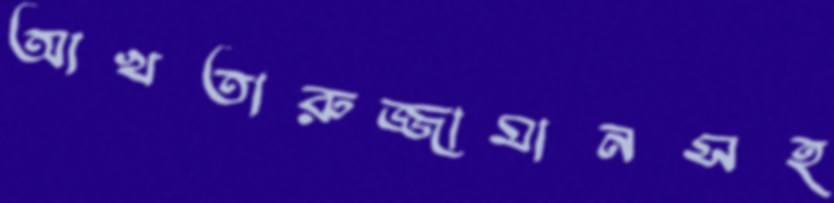
আখতারুজ্জামানসহ